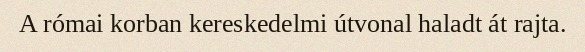
A római korban kereskedelmi útvonal haladt át rajta.